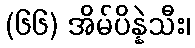
(၆၆) အိမ်ပိန္နဲသီး၊